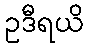
ဥဒီရယိ